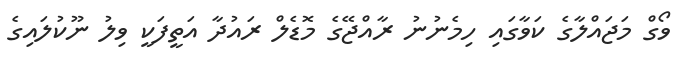
ވޯގް މަޖައްލާގެ ކަވާގައި ހިމެނުނު ރާއްޖޭގެ މޮޑެލް ރައުދާ އަތީފަކީ ވިލު ނޫކުލައިގެ